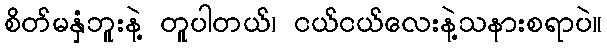
စိတ်မနှံဘူးနဲ့ တူပါတယ်၊ ငယ်ငယ်လေးနဲ့သနားစရာပဲ။